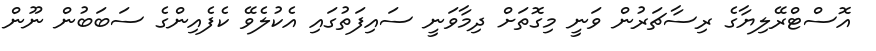
އޮސްޓްރޭލިޔާގެ ރިސާޗަރުން ވަނީ މިގޮތަށް ދިމާވަނީ ސައިފަތުގައި އެކުލެވޭ ކެފެއިންގެ ސަބަބުން ނޫން